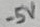
Text: -5V